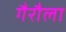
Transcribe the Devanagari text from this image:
गैरौला